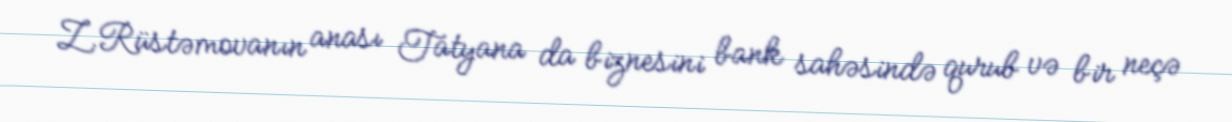
Z.Rüstəmovanın anası Tatyana da biznesini bank sahəsində qurub və bir neçə